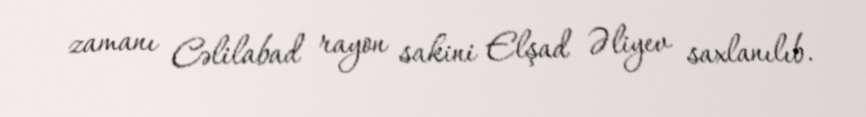
zamanı Cəlilabad rayon sakini Elşad Əliyev saxlanılıb.